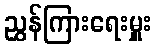
ညွှန်ကြားရေးမှူး